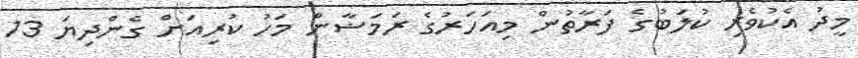
މީދު އެކުވެރި ކުލަބުގެ ފަރާތުން މިއަހަރުގެ ރަމަޟާން މަހު ކުރިއަށް ގެންދިޔަ 13